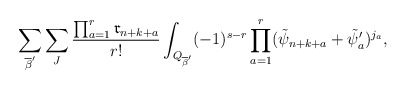
\begin{align*}\sum_{\overline{\beta}'}\sum_{J}\dfrac{\prod_{a=1}^r\mathfrak{r}_{n+k+a}}{r!}\int_{Q_{\overline{\beta}'}}(-1)^{s-r}\prod_{a=1}^r(\tilde{\psi}_{n+k+a}+\tilde{\psi}_{a}')^{j_a},\end{align*}